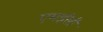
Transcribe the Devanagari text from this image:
एमईसी